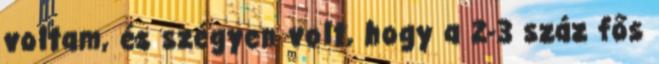
voltam, és szégyen volt, hogy a 2-3 száz fős